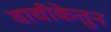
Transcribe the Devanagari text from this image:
वाचीकेतुन